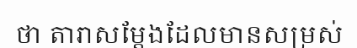
ថា តារាសម្តែងដែលមានសម្រស់